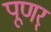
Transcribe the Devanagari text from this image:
पूणर्